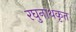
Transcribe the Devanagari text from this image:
रघुनाथकृत